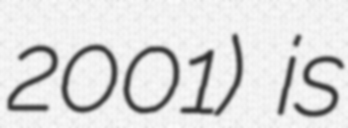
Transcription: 2001) is